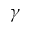
\gamma